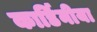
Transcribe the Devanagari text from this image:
कार्डिनीया